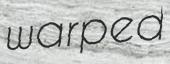
warped